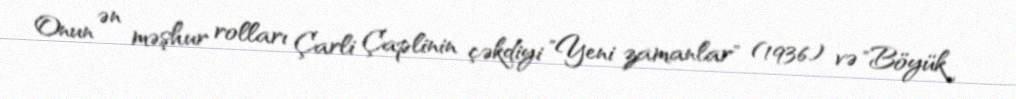
Onun ən məşhur rolları Çarli Çaplinin çəkdiyi "Yeni zamanlar" (1936) və "Böyük